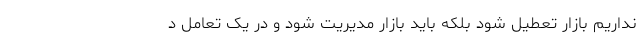
نداریم بازار تعطیل شود بلکه باید بازار مدیریت شود و در یک تعامل د